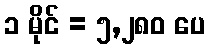
၁ မိုင် = ၅,၂၈၀ ပေ